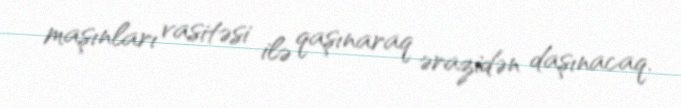
maşınları vasitəsi ilə qaşınaraq ərazidən daşınacaq.